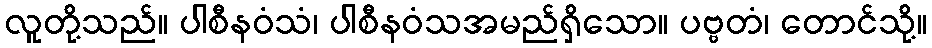
လူတို့သည်။ ပါစီနဝံသံ၊ ပါစီနဝံသအမည်ရှိသော။ ပဗ္ဗတံ၊ တောင်သို့။